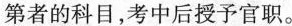
第者的科目，考中后授予官职。